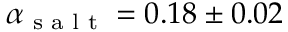
\alpha _ { \textrm { s a l t } } = 0 . 1 8 \pm 0 . 0 2